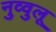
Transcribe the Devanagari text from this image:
नुव्वुलू